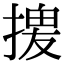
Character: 𢱻